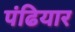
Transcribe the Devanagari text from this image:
पंढियार